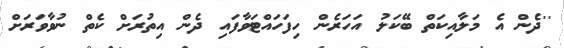
''ދެން އެ މަލާއިކަތް ބޭކަލު އަހަރެން ހިފަހައްޓަވާފައި ދެން އިތުރަށް ކެތް ނުވާވަރަށް